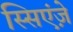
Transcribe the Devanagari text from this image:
स्सिएंज़े